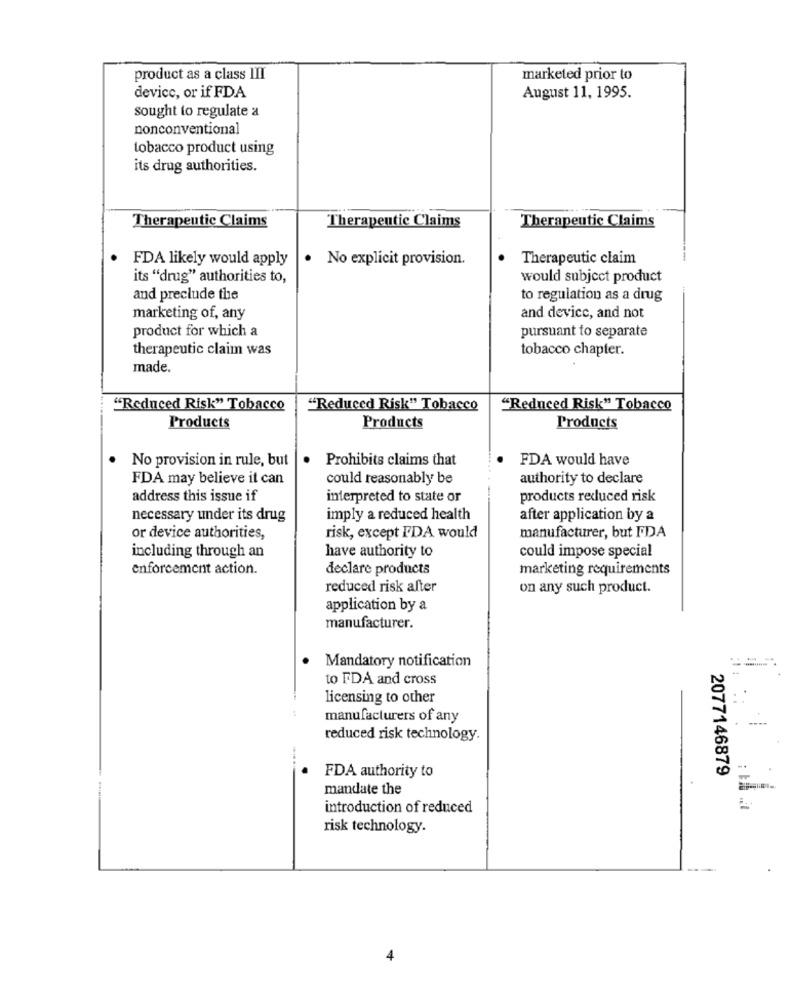
product as a class III
marketed prior to
device, or if FDA
August 11, 1995.
sought to regulate a
nonconventional
tobacco product using
its drug authorities.
Therapeutic Claims
Therapeutic Claims
Therapeutic Claims
FDA likely would apply
· No explicit provision.
Therapeutic claim
its "drug" authorities to,
would subject product
and preclude the
to regulation as a drug
marketing of, any
and device, and not
product for which a
pursuant to separate
therapeutic claim was
tobacco chapter.
made.
"Reduced Risk" Tobacco
"Reduced Risk" Tobacco
"Reduced Risk" Tobacco
Products
Products
Products
No provision in rule, but
Prohibits claims that
FDA would have
FDA may believe it can
could reasonably be
authority to declare
address this issue if
interpreted to state or
products reduced risk
necessary under its drug
imply a reduced health
after application by a
or device authorities,
risk, except FDA would
manufacturer, but FDA
including through an
have authority to
could impose special
enforcement action.
declare products
marketing requirements
reduced risk after
on any such product.
application by a
manufacturer.
Mandatory notification
to FDA and cross
licensing to other
manufacturers of any
reduced risk technology.
FDA authority to
2077146879
mandate the
introduction of reduced
risk technology.
4